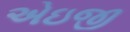
એઇજી